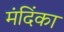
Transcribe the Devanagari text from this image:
मंदिंका